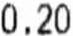
0.20